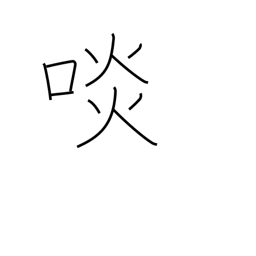
Meaning: eat